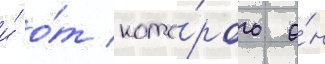
и́ о́т кото́рого о́н